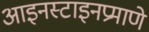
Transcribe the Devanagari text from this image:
आइनस्टाइनप्रमाणे